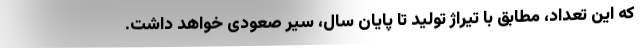
که این تعداد، مطابق با تیراژ تولید تا پایان سال، سیر صعودی خواهد داشت.